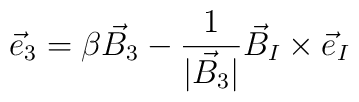
{\vec e}_{3}= \beta {\vec B}_3 - \frac{1}{|{\vec B}_3|} {\vec B}_I\times{\vec e}_I